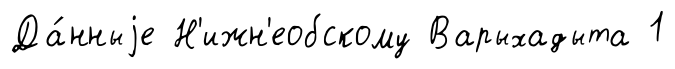
Да́нныjе Н'ижн'еобскому Варыхадыта 1